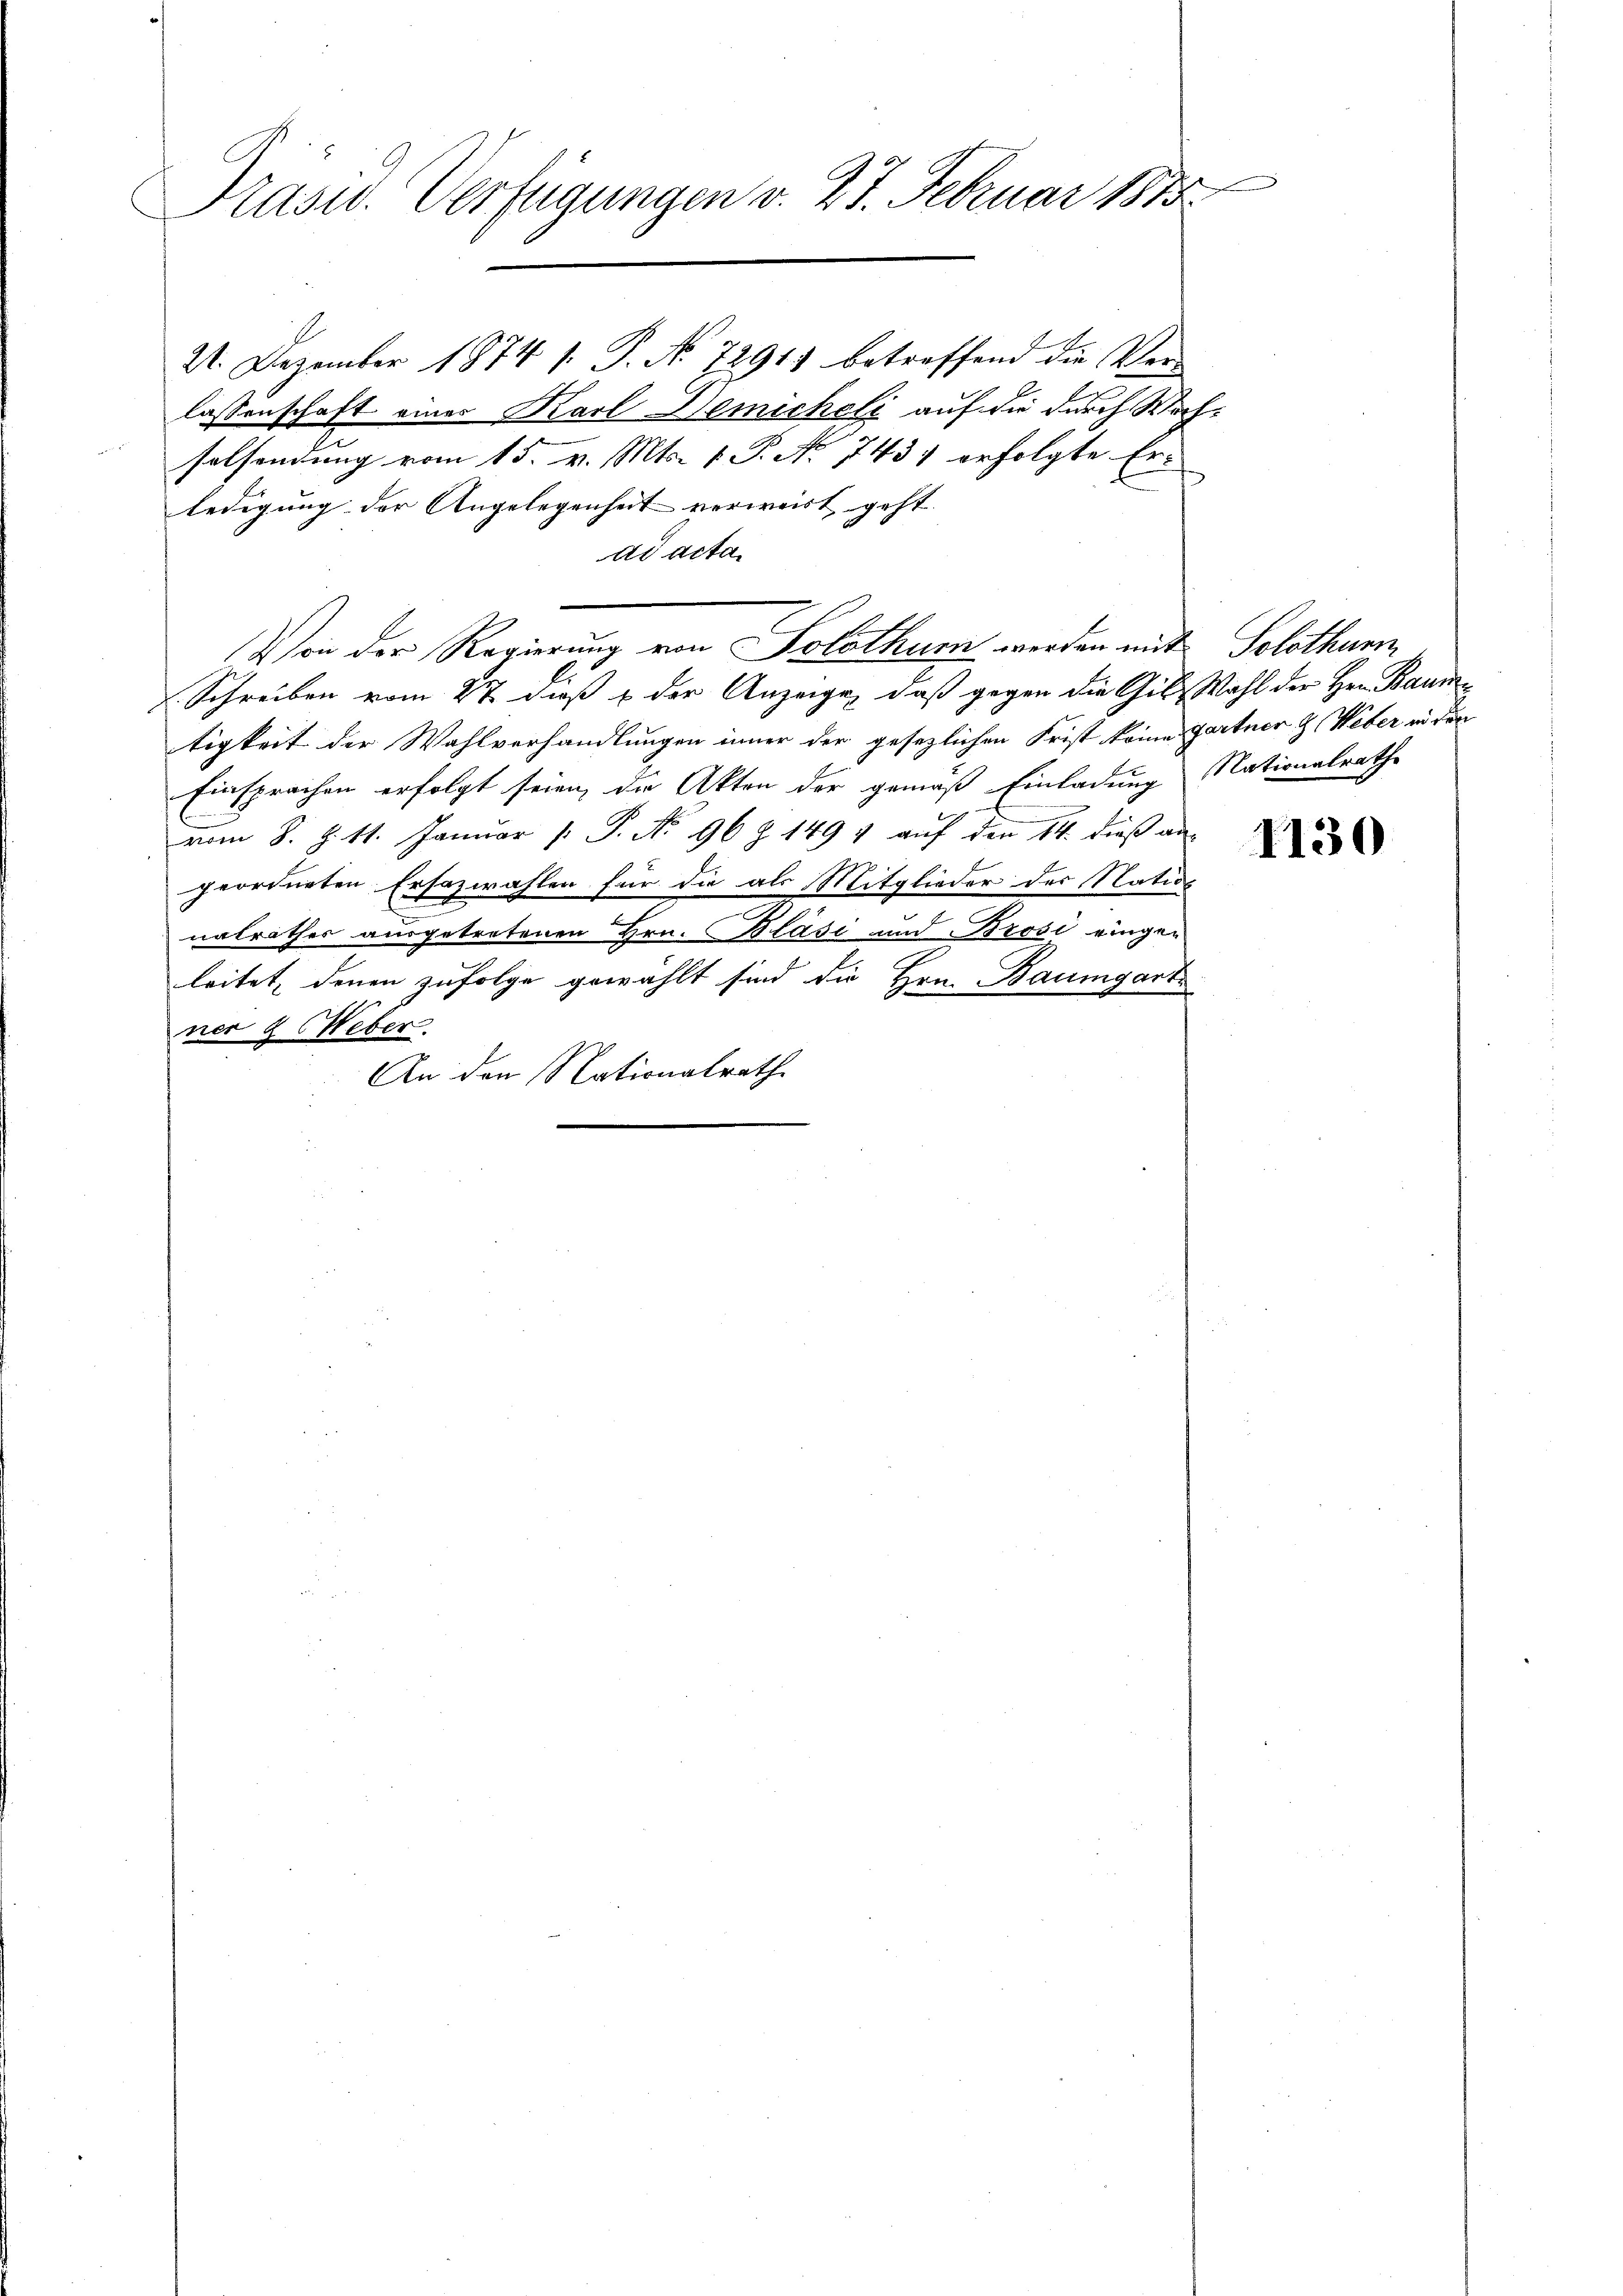
e
Präsid. Verfügungen v. 27. Februar 1815.

21. Dezember 1874 s. S. No 7291) betreffend die Verlassenschaft eines Karl Demicheli auf die durch Wachsolsendung vom 15. v. Mts. 1. P. No 7431 erfolgte Er-
ledigung der Angelegenheit verweist geht. |
ad acta.
Von der Regierung von Solothur werden mit Solothurn
Schreiben vom 27. dieß & der Anzeige, daß gegen die Gil, Wahl der Hrn. Baum
tigkeit der Wahlverhandlungen inner der gesezlichen Frist keine Gartner z. Weber in der
Einsprachen erfolgt seien, die Akten der gemäß Einladung Nationalrathe
vom 8. Z. 11. Janŭar /: P. No 96 Z 149 u aŭf den 14. dieß an
geordneten Ersazwahlen für die als Mitglieder des Nation
nalrathes ausgetretenen Hrn. Blasi und Brosi eingen
leitet, denen zufolge gewählt sind die Hrn. Baumgart
ner 2 Weber.
An den Nationalrath

1130